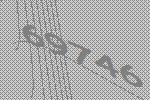
69746